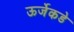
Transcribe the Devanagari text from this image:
ऊर्जेकडे